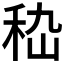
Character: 𥞇